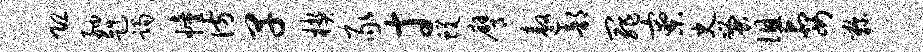
恐舳赳躅幢彷早楔豕寸蜕膺遨部罪寮史蚤徂妻鞠